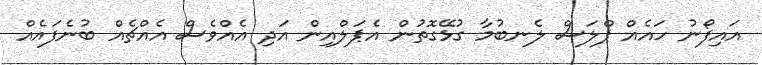
އައިފޯނު ހައެއް ޕްލަސް ލެނބުމާ ގުޅޭގޮތުން އެޕަލްއިން އަދި އެއްވެސް އެއްޗެއް ބުނެފައެއް